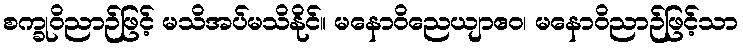
စက္ခုဝိညာဉ်ဖြင့် မသိအပ်မသိနိုင်။ မနောဝိညေယျာဧဝ၊ မနောဝိညာဉ်ဖြင့်သာ